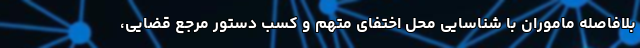
بلافاصله ماموران با شناسایی محل اختفای متهم و کسب دستور مرجع قضایی،